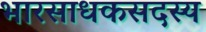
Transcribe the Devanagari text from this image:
भारसाधकसदस्य